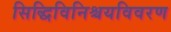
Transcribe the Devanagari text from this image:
सिद्धिविनिश्चयविवरण